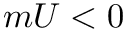
m U < 0